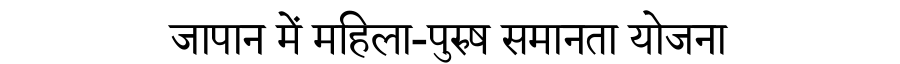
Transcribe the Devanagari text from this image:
जापान में महिला-पुरुष समानता योजना